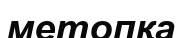
метопқа